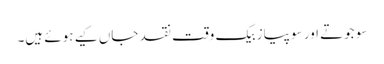
سو جوتے اور سو پیاز بیک وقت نقد جاں کیے ہوئے ہیں۔